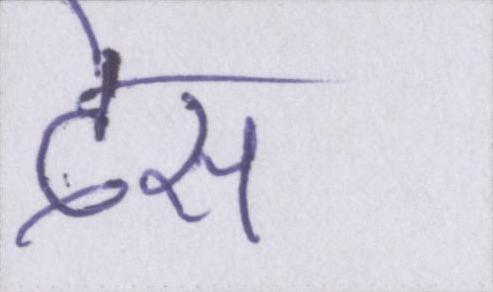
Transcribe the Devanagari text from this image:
देस